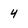
Character: 4